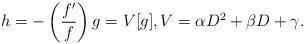
LaTeX: \begin{align*} h = - \left( \frac{f'}f \right) g = V[g], V = \alpha D^2 + \beta D + \gamma .\end{align*}